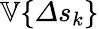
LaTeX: \mathbb{V}\{ \varDelta s_{k}\}